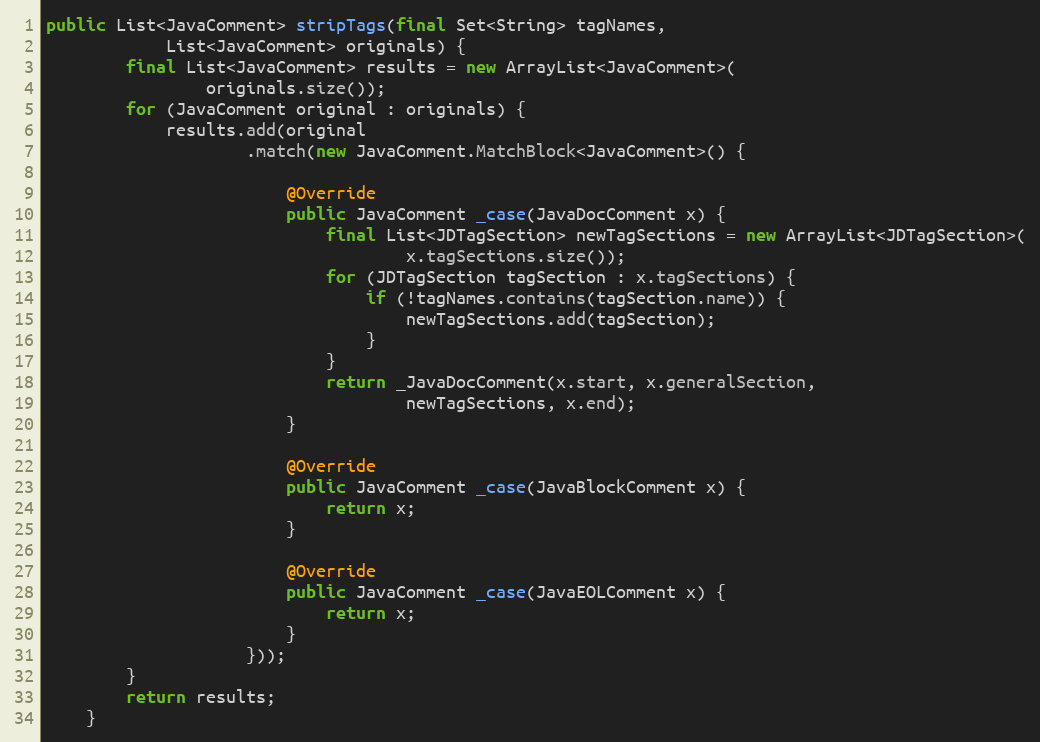
Language: Java
public List<JavaComment> stripTags(final Set<String> tagNames,
            List<JavaComment> originals) {
        final List<JavaComment> results = new ArrayList<JavaComment>(
                originals.size());
        for (JavaComment original : originals) {
            results.add(original
                    .match(new JavaComment.MatchBlock<JavaComment>() {

                        @Override
                        public JavaComment _case(JavaDocComment x) {
                            final List<JDTagSection> newTagSections = new ArrayList<JDTagSection>(
                                    x.tagSections.size());
                            for (JDTagSection tagSection : x.tagSections) {
                                if (!tagNames.contains(tagSection.name)) {
                                    newTagSections.add(tagSection);
                                }
                            }
                            return _JavaDocComment(x.start, x.generalSection,
                                    newTagSections, x.end);
                        }

                        @Override
                        public JavaComment _case(JavaBlockComment x) {
                            return x;
                        }

                        @Override
                        public JavaComment _case(JavaEOLComment x) {
                            return x;
                        }
                    }));
        }
        return results;
    }